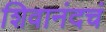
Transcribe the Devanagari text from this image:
शिवानंदचं